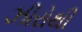
ઝીરોથી